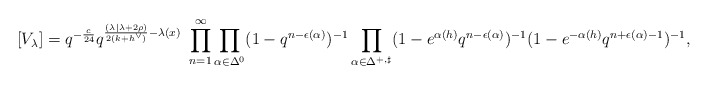
\begin{align*}[V_\lambda] = q^{-\frac{c}{24}} q^{\frac{(\lambda| \lambda + 2\rho) }{2(k+h^\vee)} -\lambda(x)}\ \prod_{n=1}^\infty \prod_{\alpha \in \Delta_{}^{0}} (1-q^{n-\epsilon(\alpha)})^{-1} \prod_{\alpha \in \Delta_{}^{+, \sharp}}(1-e^{\alpha(h)}q^{n-\epsilon(\alpha)})^{-1} (1-e^{-\alpha(h)}q^{n+\epsilon(\alpha)-1})^{-1},\end{align*}